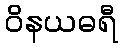
ဝိနယဓရီ